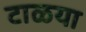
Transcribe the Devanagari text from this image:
टाळया